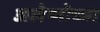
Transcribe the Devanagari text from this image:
अलेप्पोच्या